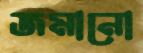
জমানো